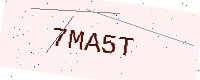
Text: 7MA5T